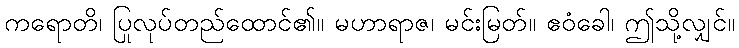
ကရောတိ၊ ပြုလုပ်တည်ထောင်၏။ မဟာရာဇ၊ မင်းမြတ်။ ဧဝံခေါ၊ ဤသို့လျှင်။